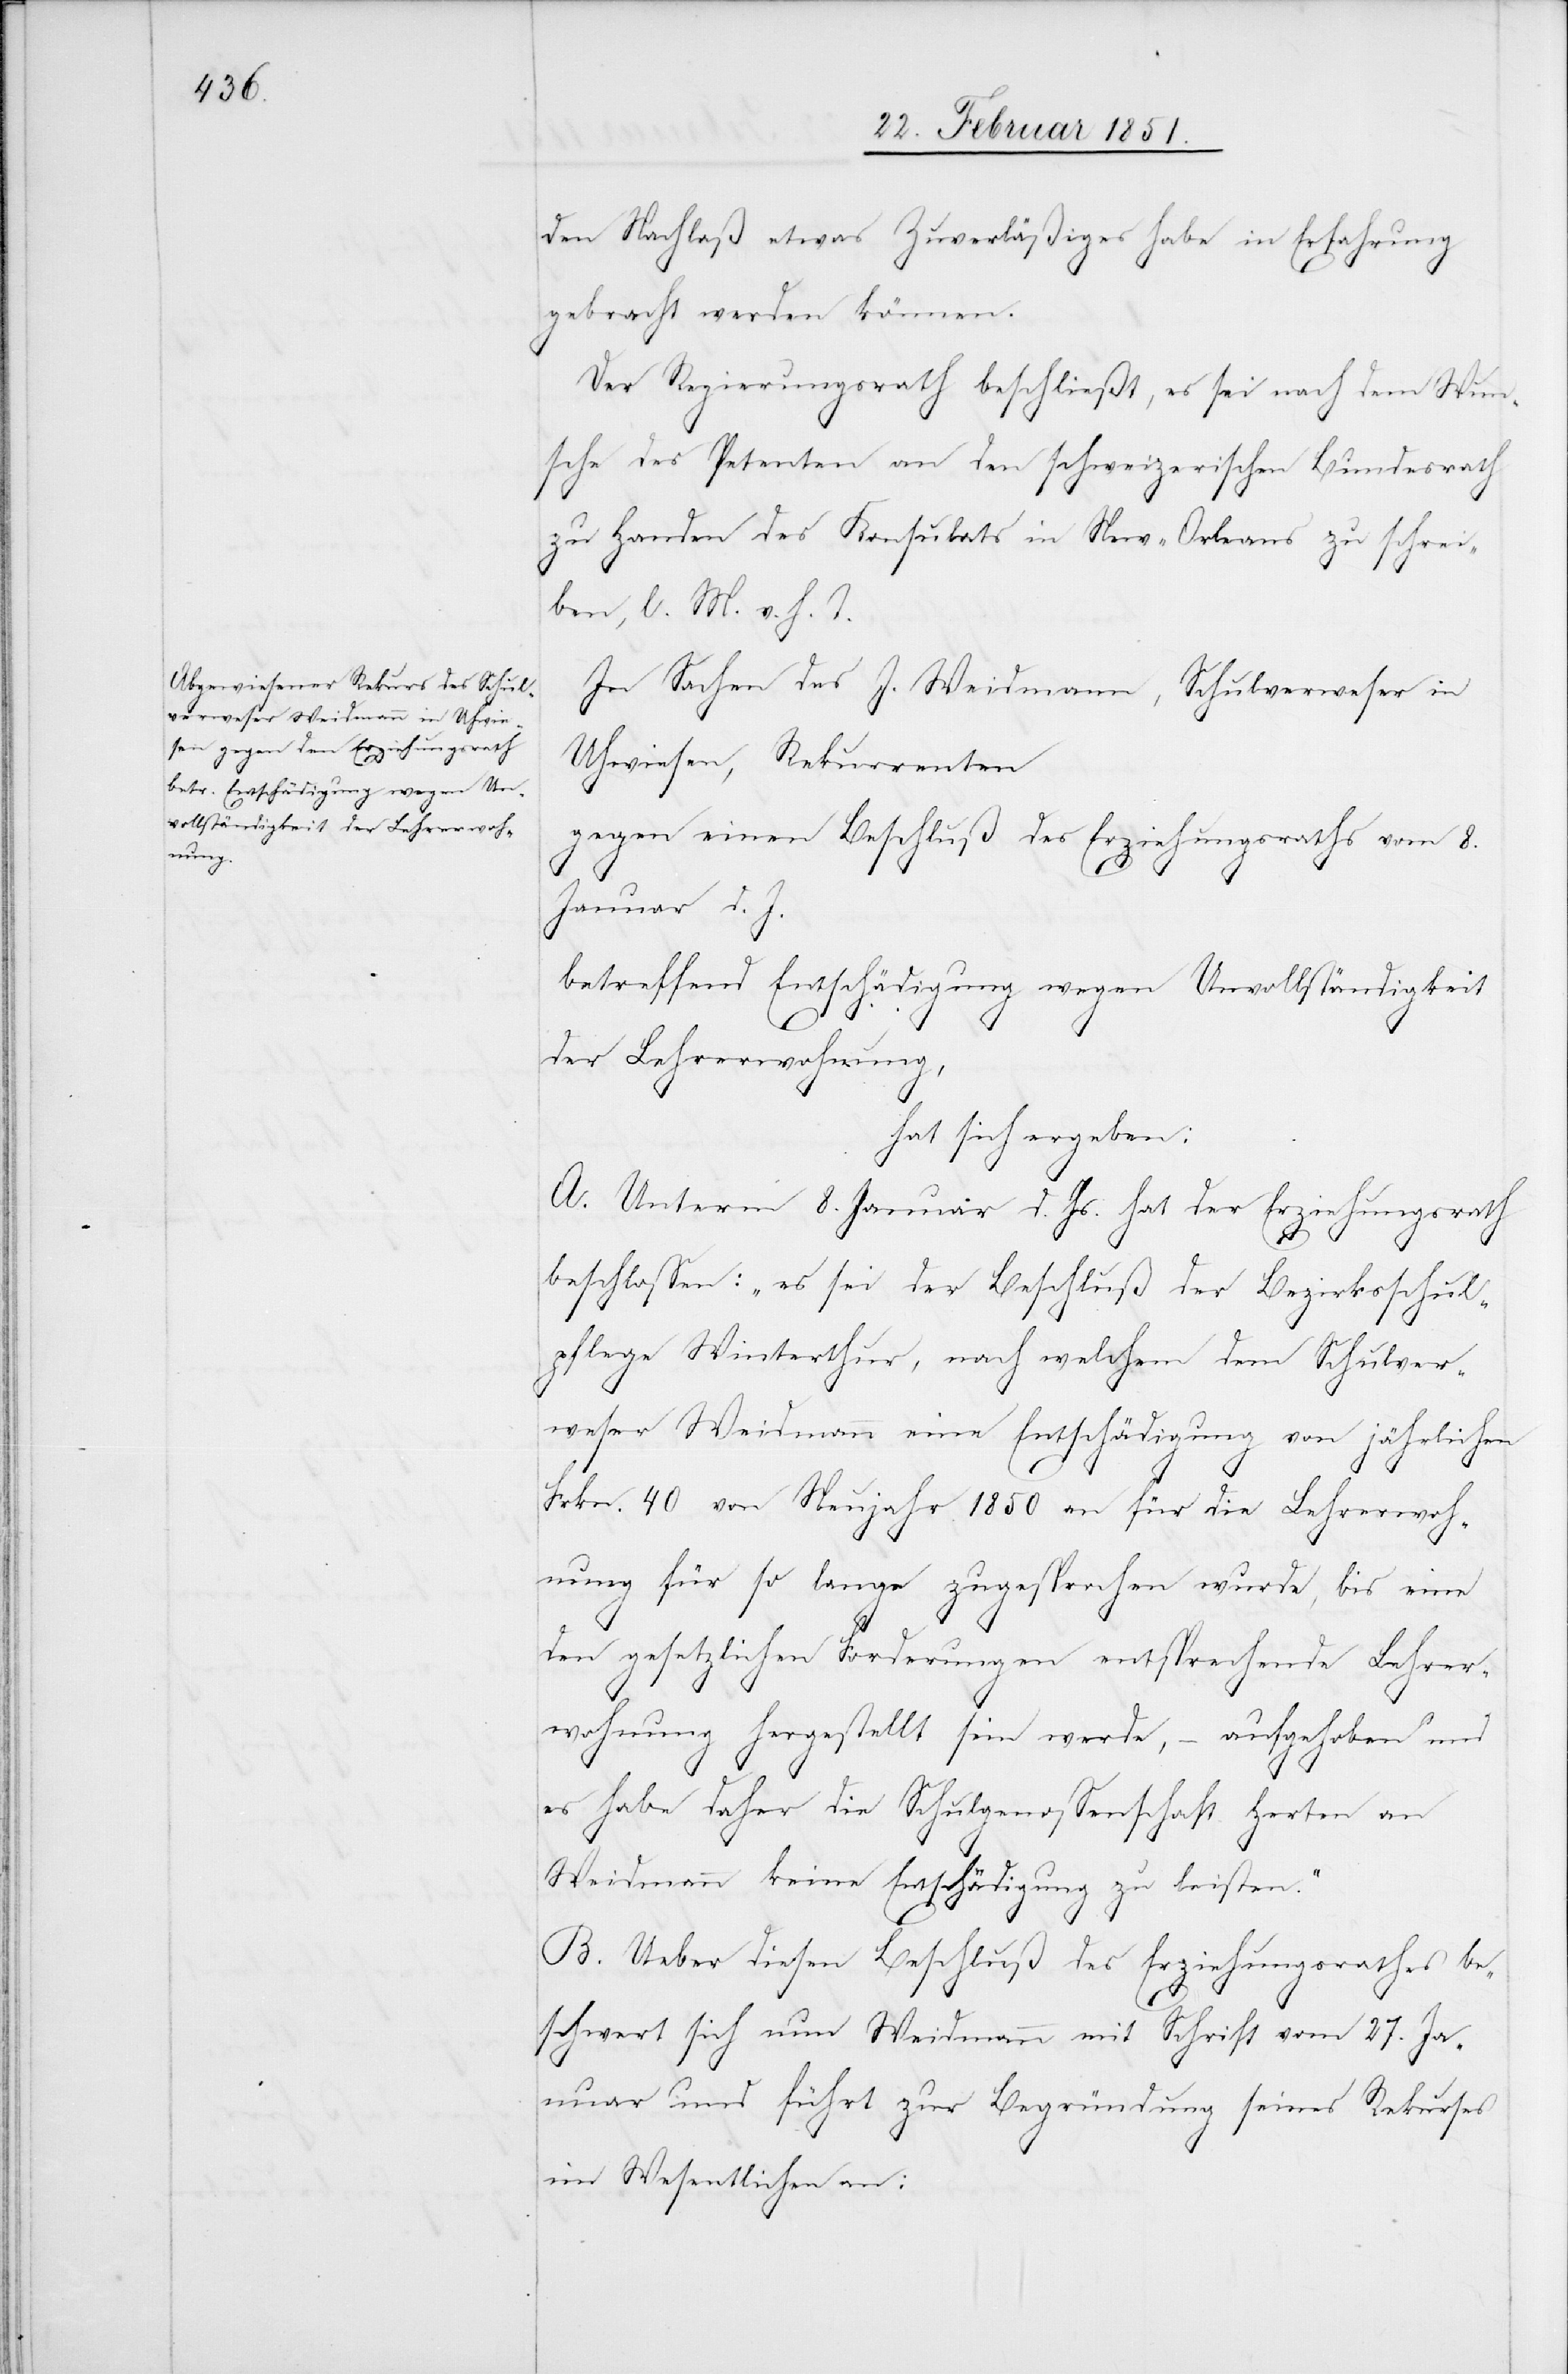
den Nachlaß etwas Zuverläßiges habe in Erfahrung
gebracht werden können.
Der Regierungsrath beschließt, es sei nach dem Wun¬
sche des Petenten an den schweizerischen Bundesrath
zu Handen des Konsulats in New-Orleans zu schrei¬
ben, l. M. v. h. T.